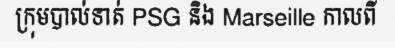
ក្រុមបាល់ទាត់ PSG និង Marseille កាលពី